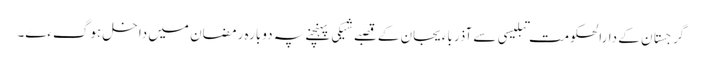
گرجستان کے دارالحکومت تبلیسی سے آذرباءیجان کے قصبے شیکی پہنچنے پہ دوبارہ رمضان میں داخل ہوگءے۔